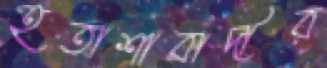
হতাশাবাদীর